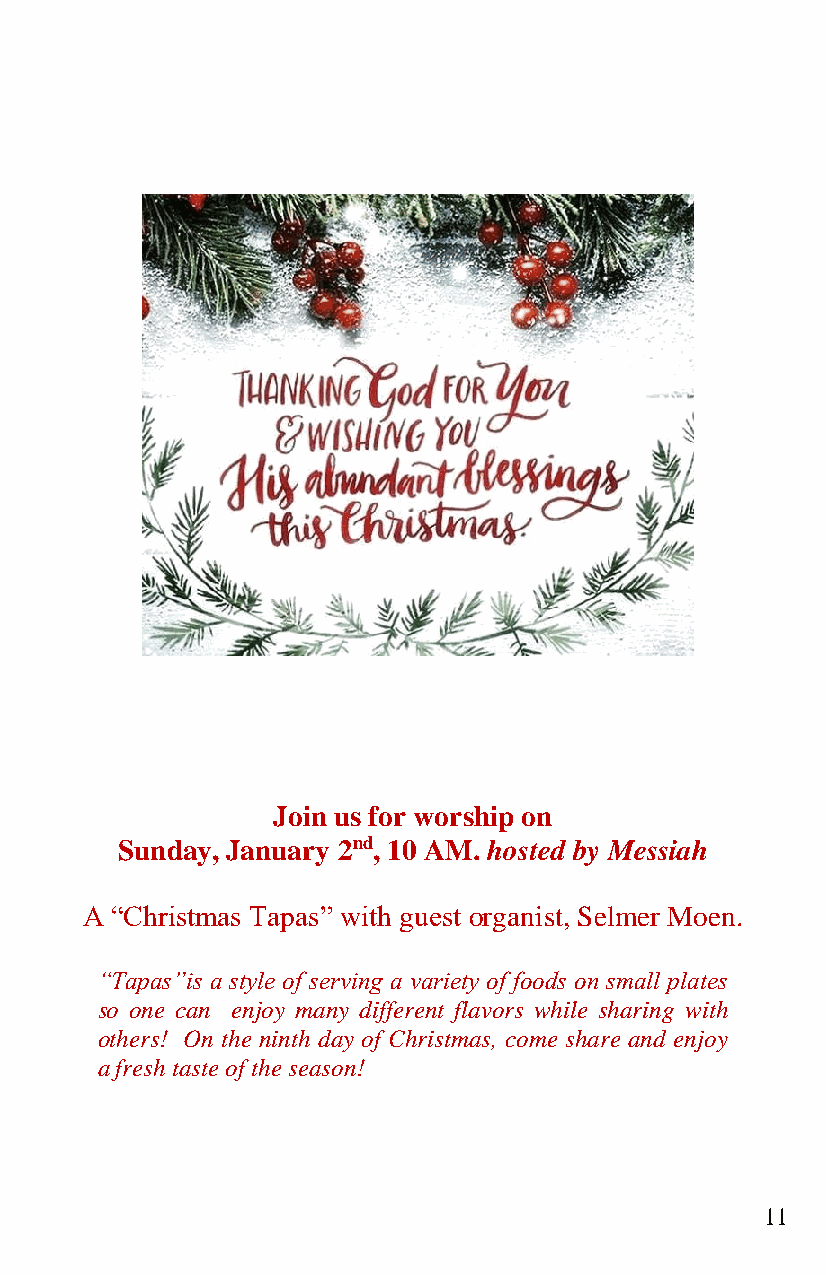
Join us for worship on
 Sunday, January 2nd, 10 AM. hosted by Messiah
 A “Christmas Tapas” with guest organist, Selmer Moen.
 “Tapas”is a style of serving a variety of foods on small plates
 so one can enjoy many different flavors while sharing with
 others! On the ninth day of Christmas, come share and enjoy
 a fresh taste of the season!
 11